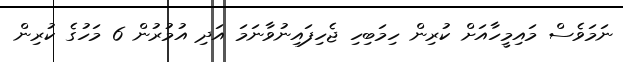
ނަމަވެސް މައިމީހާއަށް ކުރިން ހިމަބިހި ޖެހިފައިނުވާނަމަ އަދި އުމުރުން 6 މަހުގެ ކުރިން